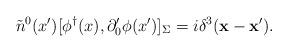
LaTeX: \begin{align*}\tilde{n}^0(x') [\phi^{\dagger}(x),\partial'_0\phi(x')]_{\Sigma}=i \delta^3({\bf x}-{\bf x}') .\end{align*}